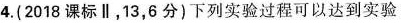
4.(2018课标∥，13，6分)下列实验过程可以达到实验